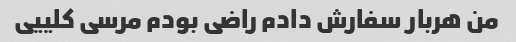
من هربار سفارش دادم راضی بودم مرسی کلییی